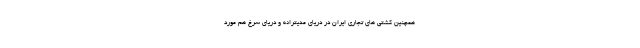
همچنین کشتی های تجاری ایران در دریای مدیترانه و دریای سرخ هم مورد